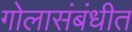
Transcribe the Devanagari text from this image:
गोलासंबंधीत